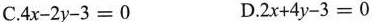
C.$$4 x - 2 y - 3 = 0$$ D.$$2 x + 4 y - 3 = 0$$